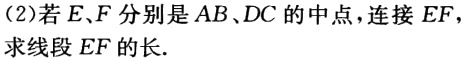
(2)若\(E,F\)分别是\(AB、DC\)的中点，连接\(EF\)，求线段\(EF\)的长.